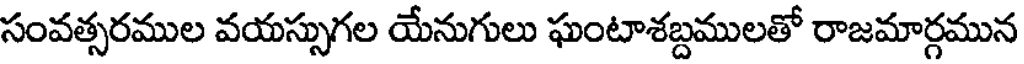
సంవత్సరముల వయస్సుగల యేనుగులు ఘంటాశబ్దములతో రాజమార్గమున